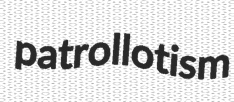
patrollotism